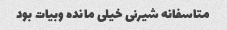
متاسفانه شیرنی خیلی مانده وبیات بود